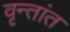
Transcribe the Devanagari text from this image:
वृन्तांत